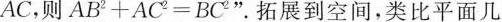
AC，则$$A B ^ { 2 } + A C ^ { 2 } = B